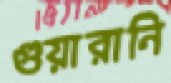
গুয়ারানি